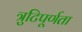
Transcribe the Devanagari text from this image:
त्रुटिपूर्णता